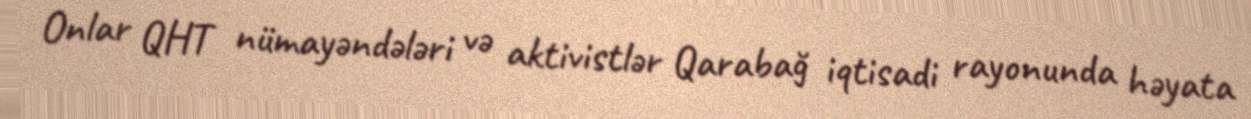
Onlar QHT nümayəndələri və aktivistlər Qarabağ iqtisadi rayonunda həyata